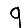
Digit: 9